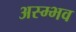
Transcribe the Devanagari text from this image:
अस्म्भव